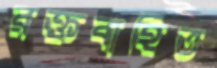
রক্তবাহিত